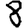
Digit: 8